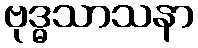
ဗုဒ္ဓသာသနာ